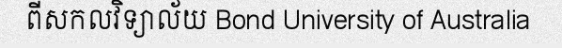
ពីសកលវិទ្យាល័យ Bond University of Australia